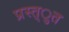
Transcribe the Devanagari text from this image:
प्रस्त्ुत